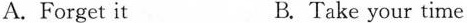
A. Forget it B. Take your time